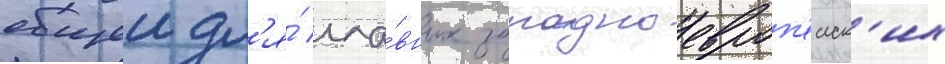
общеи дл'я́ гла́вных западноевроп'еиск'их